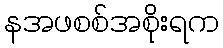
နအဖစစ်အစိုးရက